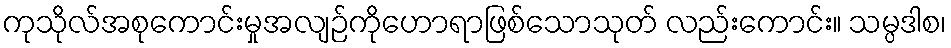
ကုသိုလ်အစုကောင်းမှုအလျဉ်ကိုဟောရာဖြစ်သောသုတ် လည်းကောင်း။ သမ္ပဒါစ၊